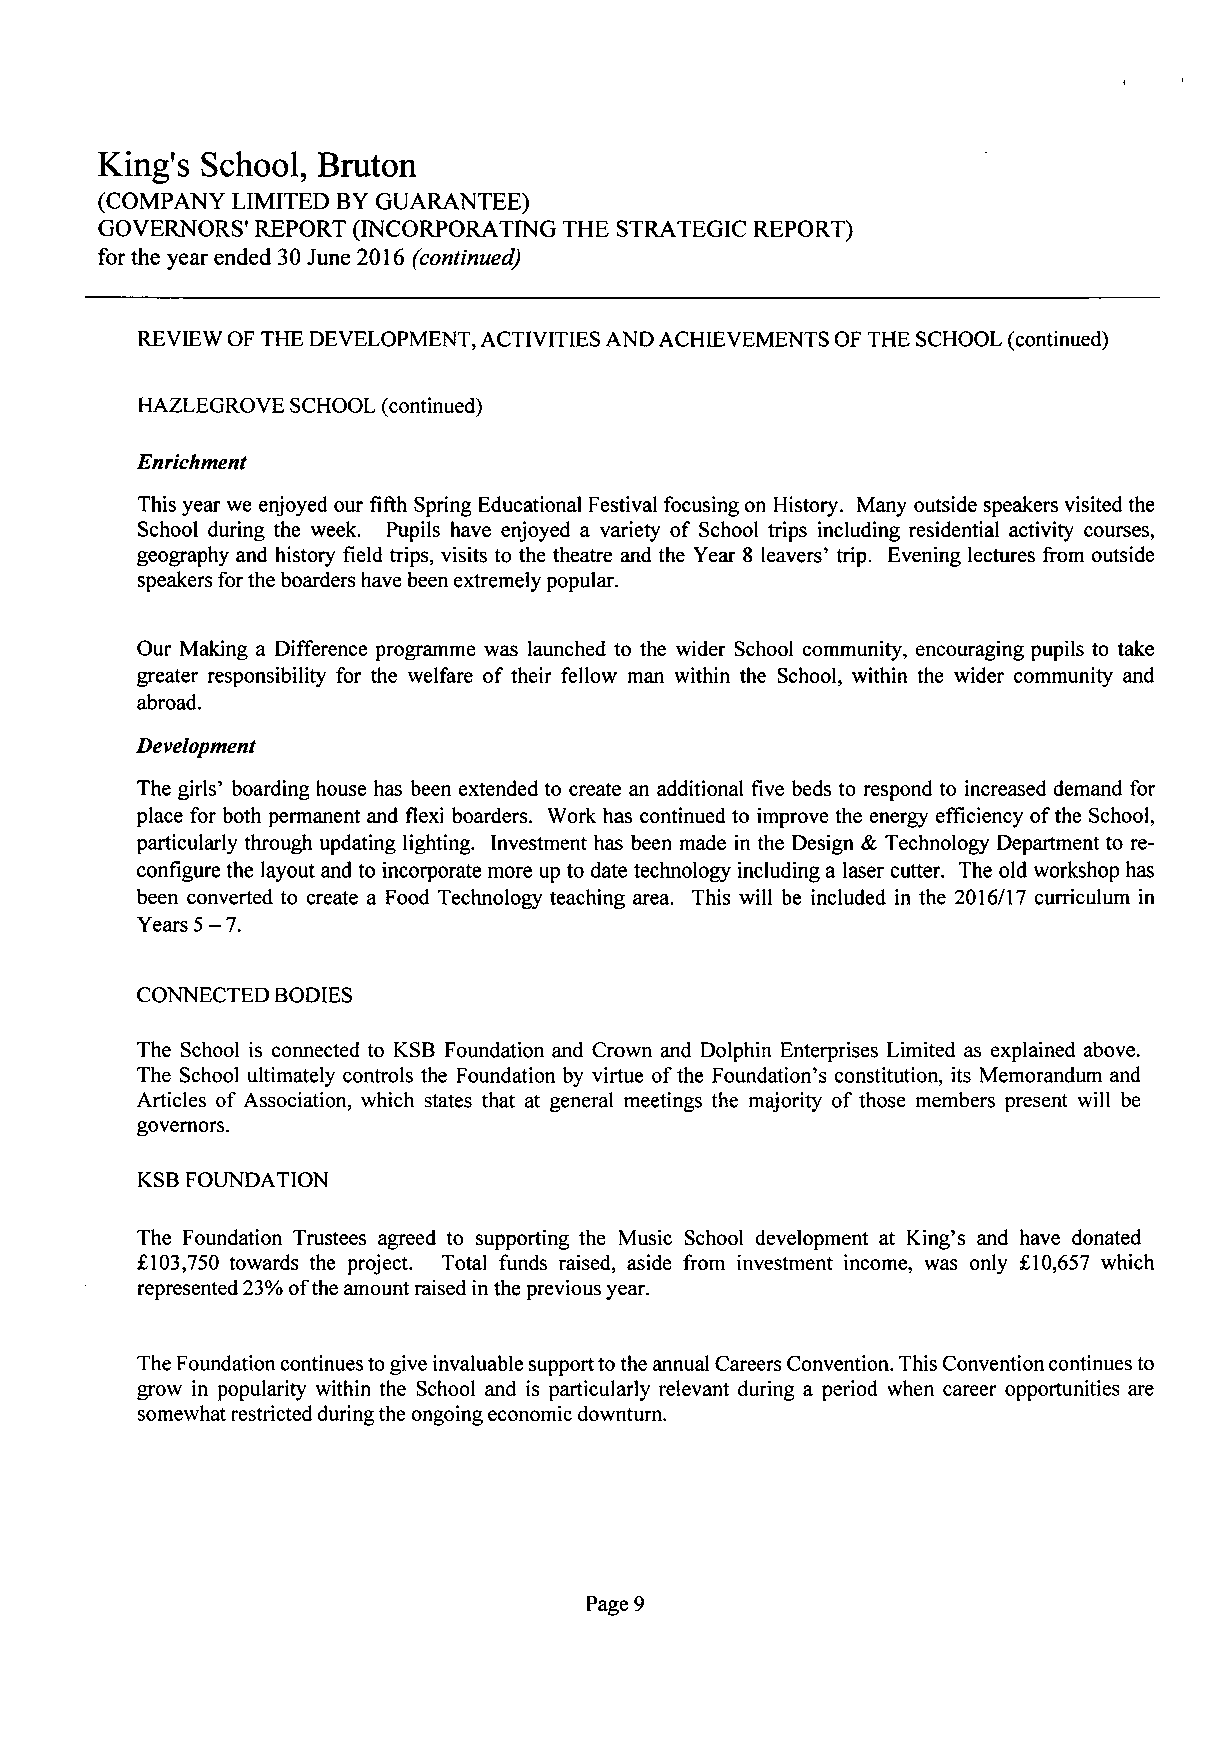
King's School,  Bruton
 (COMPANY LIMITED BY GUARANTEE)
 GOVERNORS' REPORT (INCORPORATING THE STRATEGIC REPORT)
 for the year ended 30 June 2016 (continued)
 REVIEW OF THE DEVELOPMENT, ACTIVITIES AND ACHIEVEMENTS OF THE SCHOOL (continued)
 HAZLEGROVE SCHOOL (continued)
 Enrichment
 This year we enjoyed our fifth Spring Educational Festival focusing on History. Many outside speakers visited the
 School during the week. Pupils have enjoyed a variety of School trips including residential activity courses,
 geography and history field trips, visits to the theatre and the Year 8 leavers' trip. Evening lectures from outside
 speakers for the boarders have been extremely popular.
 Our Making a Difference programme was launched to the wider School community, encouraging pupils to take
 greater responsibility for the welfare of their fellow man within the School, within the wider community and
 abroad.
 Development
 The girls' boarding house has been extended to create an additional five beds to respond to increased demand for
 place for both permanent and flexi boarders. Work has continued to improve the energy efficiency of the School,
 particularly through updating lighting. Investment has been made in the Design & Technology Department to re
 configure the layout and to incorporate more up to date technology including a laser cutter. The old workshop has
 been converted to create a Food Technology teaching area. This will be included in the 2016/17 curriculum in
 Years 5-7.
 CONNECTED BODIES
 The School is connected to KSB Foundation and Crown and Dolphin Enterprises Limited as explained above.
 The School ultimately controls the Foundation by virtue of the Foundation's constitution, its Memorandum and
 Articles of Association, which states that at general meetings the majority of those members present will be
 governors.
 KSB FOUNDATION
 The Foundation Trustees agreed to supporting the Music School development at King's and have donated
 £103,750 towards the project. Total funds raised, aside from investment income, was only £10,657 which
 represented 23% of the amount raised in the previous year.
 The Foundation continues to give invaluable support to the annual Careers Convention. This Convention continues to
 grow in popularity within the School and is particularly relevant during a period when career opportunities are
 somewhat restricted during the ongoing economic downturn.
 Page 9